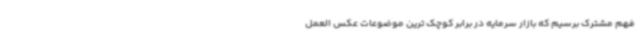
فهم مشترک برسیم که بازار سرمایه در برابر کوچک ترین موضوعات عکس العمل